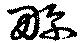
畛